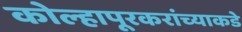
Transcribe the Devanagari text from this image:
कोल्हापूरकरांच्याकडे